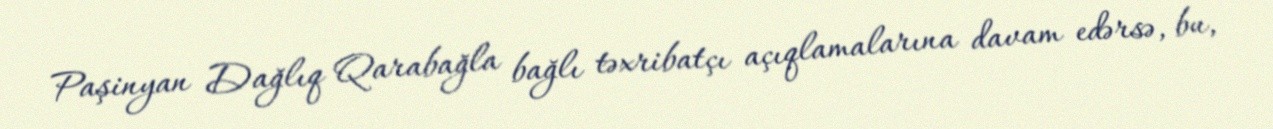
Paşinyan Dağlıq Qarabağla bağlı təxribatçı açıqlamalarına davam edərsə, bu,